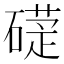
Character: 𥕩